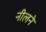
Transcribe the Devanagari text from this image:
नीलने